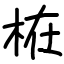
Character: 𣑊